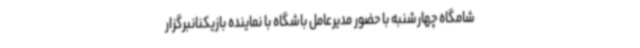
شامگاه چهارشنبه با حضور مدیرعامل باشگاه با نماینده بازیکنانبرگزار